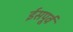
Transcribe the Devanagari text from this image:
ईसपूर्व